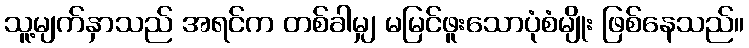
သူ့မျက်နှာသည် အရင်က တစ်ခါမျှ မမြင်ဖူးသောပုံစံမျိုး ဖြစ်နေသည်။